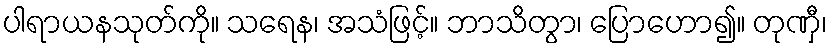
ပါရာယနသုတ်ကို။ သရေန၊ အသံဖြင့်။ ဘာသိတွာ၊ ပြောဟော၍။ တုဏှီ၊